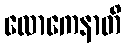
လောကေနာတိ